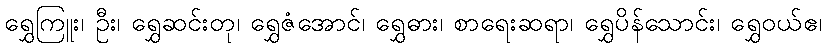
ရွှေကြူး၊ ဦး၊ ရွှေဆင်းတု၊ ရွှေဇံအောင်၊ ရွှေဓား၊ စာရေးဆရာ၊ ရွှေပိန်သောင်း၊ ရွှေဝယ်ဧ၊